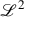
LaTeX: { \mathcal { L } } ^ { 2 }